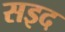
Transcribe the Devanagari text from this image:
सइद